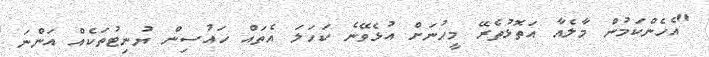
"އެހެންކަމުން މާލެއާ އަތޮޅުތެރޭ މީހުނަށް އުޅެވޭނެ ކަހަލަ އެތައް ހައުސިން ޔުނިޓުތަކެއް އަންނަ